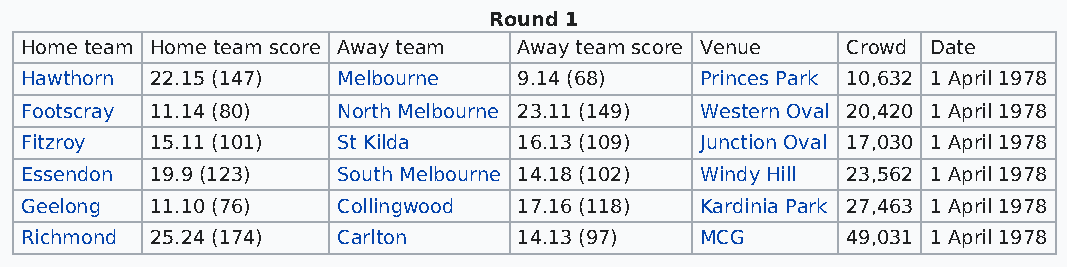
Round 1
 Home team Home team score Away team Away team score Venue Crowd Date
 Hawthorn 22.15 (147) Melbourne   9.14 (68)   Princes Park 10,632 1 April 1978
 Footscray 11.14 (80) North Melbourne 23.11 (149) Western Oval 20,420 1 April 1978
 Fitzroy  15.11 (101) St Kilda    16.13 (109) Junction Oval 17,030 1 April 1978
 Essendon 19.9 (123)  South Melbourne 14.18 (102) Windy Hill 23,562 1 April 1978
 Geelong  11.10 (76)  Collingwood 17.16 (118) Kardinia Park 27,463 1 April 1978
 Richmond 25.24 (174) Carlton     14.13 (97)  MCG       49,031 1 April 1978